Insane asylums in Bengal annual reports 1867-1875 - 1867-1875
Year: 1867
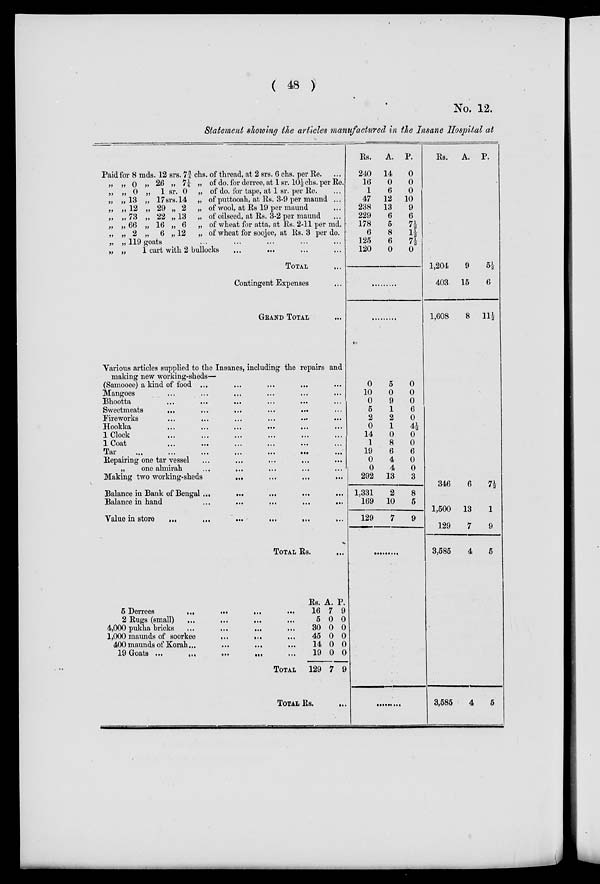
( 48 )
No. 12.
Statement showing the articles manufactured in the Insane Hospital at
Paid for 8 mds. 12 srs. 7¾ chs. of thread, at 2 srs. 6 chs. per Re. ...
„ „ 0 „ 26 „ 7¼ „ of do. forderree,at 1sr. 10½chs. per Re.
„ „ 0 „ 1 sr. 0 „ of do. for tape, at 1 sr. per Re. ...
„ „ 13 „ 17srs. 14 „ of puttooah, at Rs. 3-9 per maund ...
„ „ 12 „ 29 „ 2 „ of wool, at Rs 19 per maund ...
„ „ 73 „ 22 „ 13 „ of oilseed, at Rs. 3-2 per maund ...
„ „ 66 „ 16 „ 6 „ of wheat for atta, at Rs. 2-11 per md.
„ „ 2 „ 6 „ 12 „ of wheat for soojee, at Rs. 3 per do.
„ „ 119 goats ... ... ... ... ...
„ „
1 cart with 2 bullocks ... ... ... ...
TOTAL ...
Contingent Expenses ...
GRAND TOTAL ...
Various articles supplied to the Insanes, including the repairs and
making new working-sheds—
(Samooee) a kind of food ...
...
...
... ...
Mangoes ... ... ... ... ... ...
Bhootta
...
...
...
...
...
...
Sweetmeats ... ... ... ... ... ... ...
Fireworks ... ... ... ... ... ... ...
Hookka ... ... ... ... ... ...
1 Clock
...
...
...
...
...
...
1 Coat ... ... ... ... ... ...
Tar
...
...
...
...
...
...
Repairing one tar vessel ... ... ... ... ... ...
„
one almirah
...
...
...
...
...
...
Making two working-sheds ... ... ... ... ... ...
Balance in Bank of Bengal... ... ... ... ... ... ...
Balance in hand ... ... ... ... ... ...
Value in store
...
...
...
...
...
...
TOTAL Rs. ...
5 Derrees
...
... ... ...
2 Rugs (small)
...
...
...
...
4,000 pukka bricks ... ... ... ...
1,000 maunds of soorkee
...
... ...
400 maunds of Korah...
...
... ... ...
19
Goats
...
...
...
...
...
TOTAL ...
Rs.
16
5
30
45
14
19
129
A.
7
0
0
0
0
0
7
P.
9
0
0
0
0
0
9
TOTAL RS.
...
Rs.
240
16
1
47
238
229
178
6
125
120
A.
14
0
6
12
13
6
5
8
6
0
P.
0
0
0
10
9
6
7½
1½
7½
0
0
10
0
5
2
0
14
1
19
0
0
292
1,331
169
129
5
0
9
1
2
1
0
8
6
4
4
13
2
10
7
0
0
0
6
0
4½
0
0
6
0
0
3
8
5
9
......
......
Rs.
1,204
403
1,608
A.
9
15
8
P.
5½
6
11½
346
1,500
129
3,585
6
13
7
4
7½
1
9
5
3,585
4
5